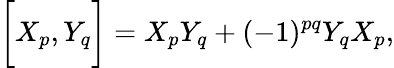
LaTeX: \biggl[X_{p},Y_{q}\biggr]=X_{p}Y_{q}+(-1)^{pq}Y_{q}X_{p},